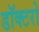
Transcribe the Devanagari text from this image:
डॉक्‍टरो